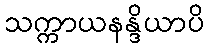
သက္ကာယနန္ဒိယာပိ